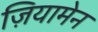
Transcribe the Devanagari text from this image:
ज़ियामेन